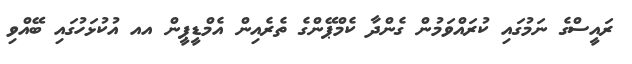
ރައީސްގެ ނަމުގައި ކުރައްވަމުން ގެންދާ ކެމްޕޭންގެ ތެރެއިން އެމްޑީޕީން އއ އުކުޅަހުގައި ބޭއްވި